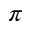
\pi